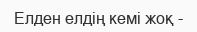
Елден елдің кемі жоқ -